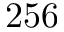
2 5 6